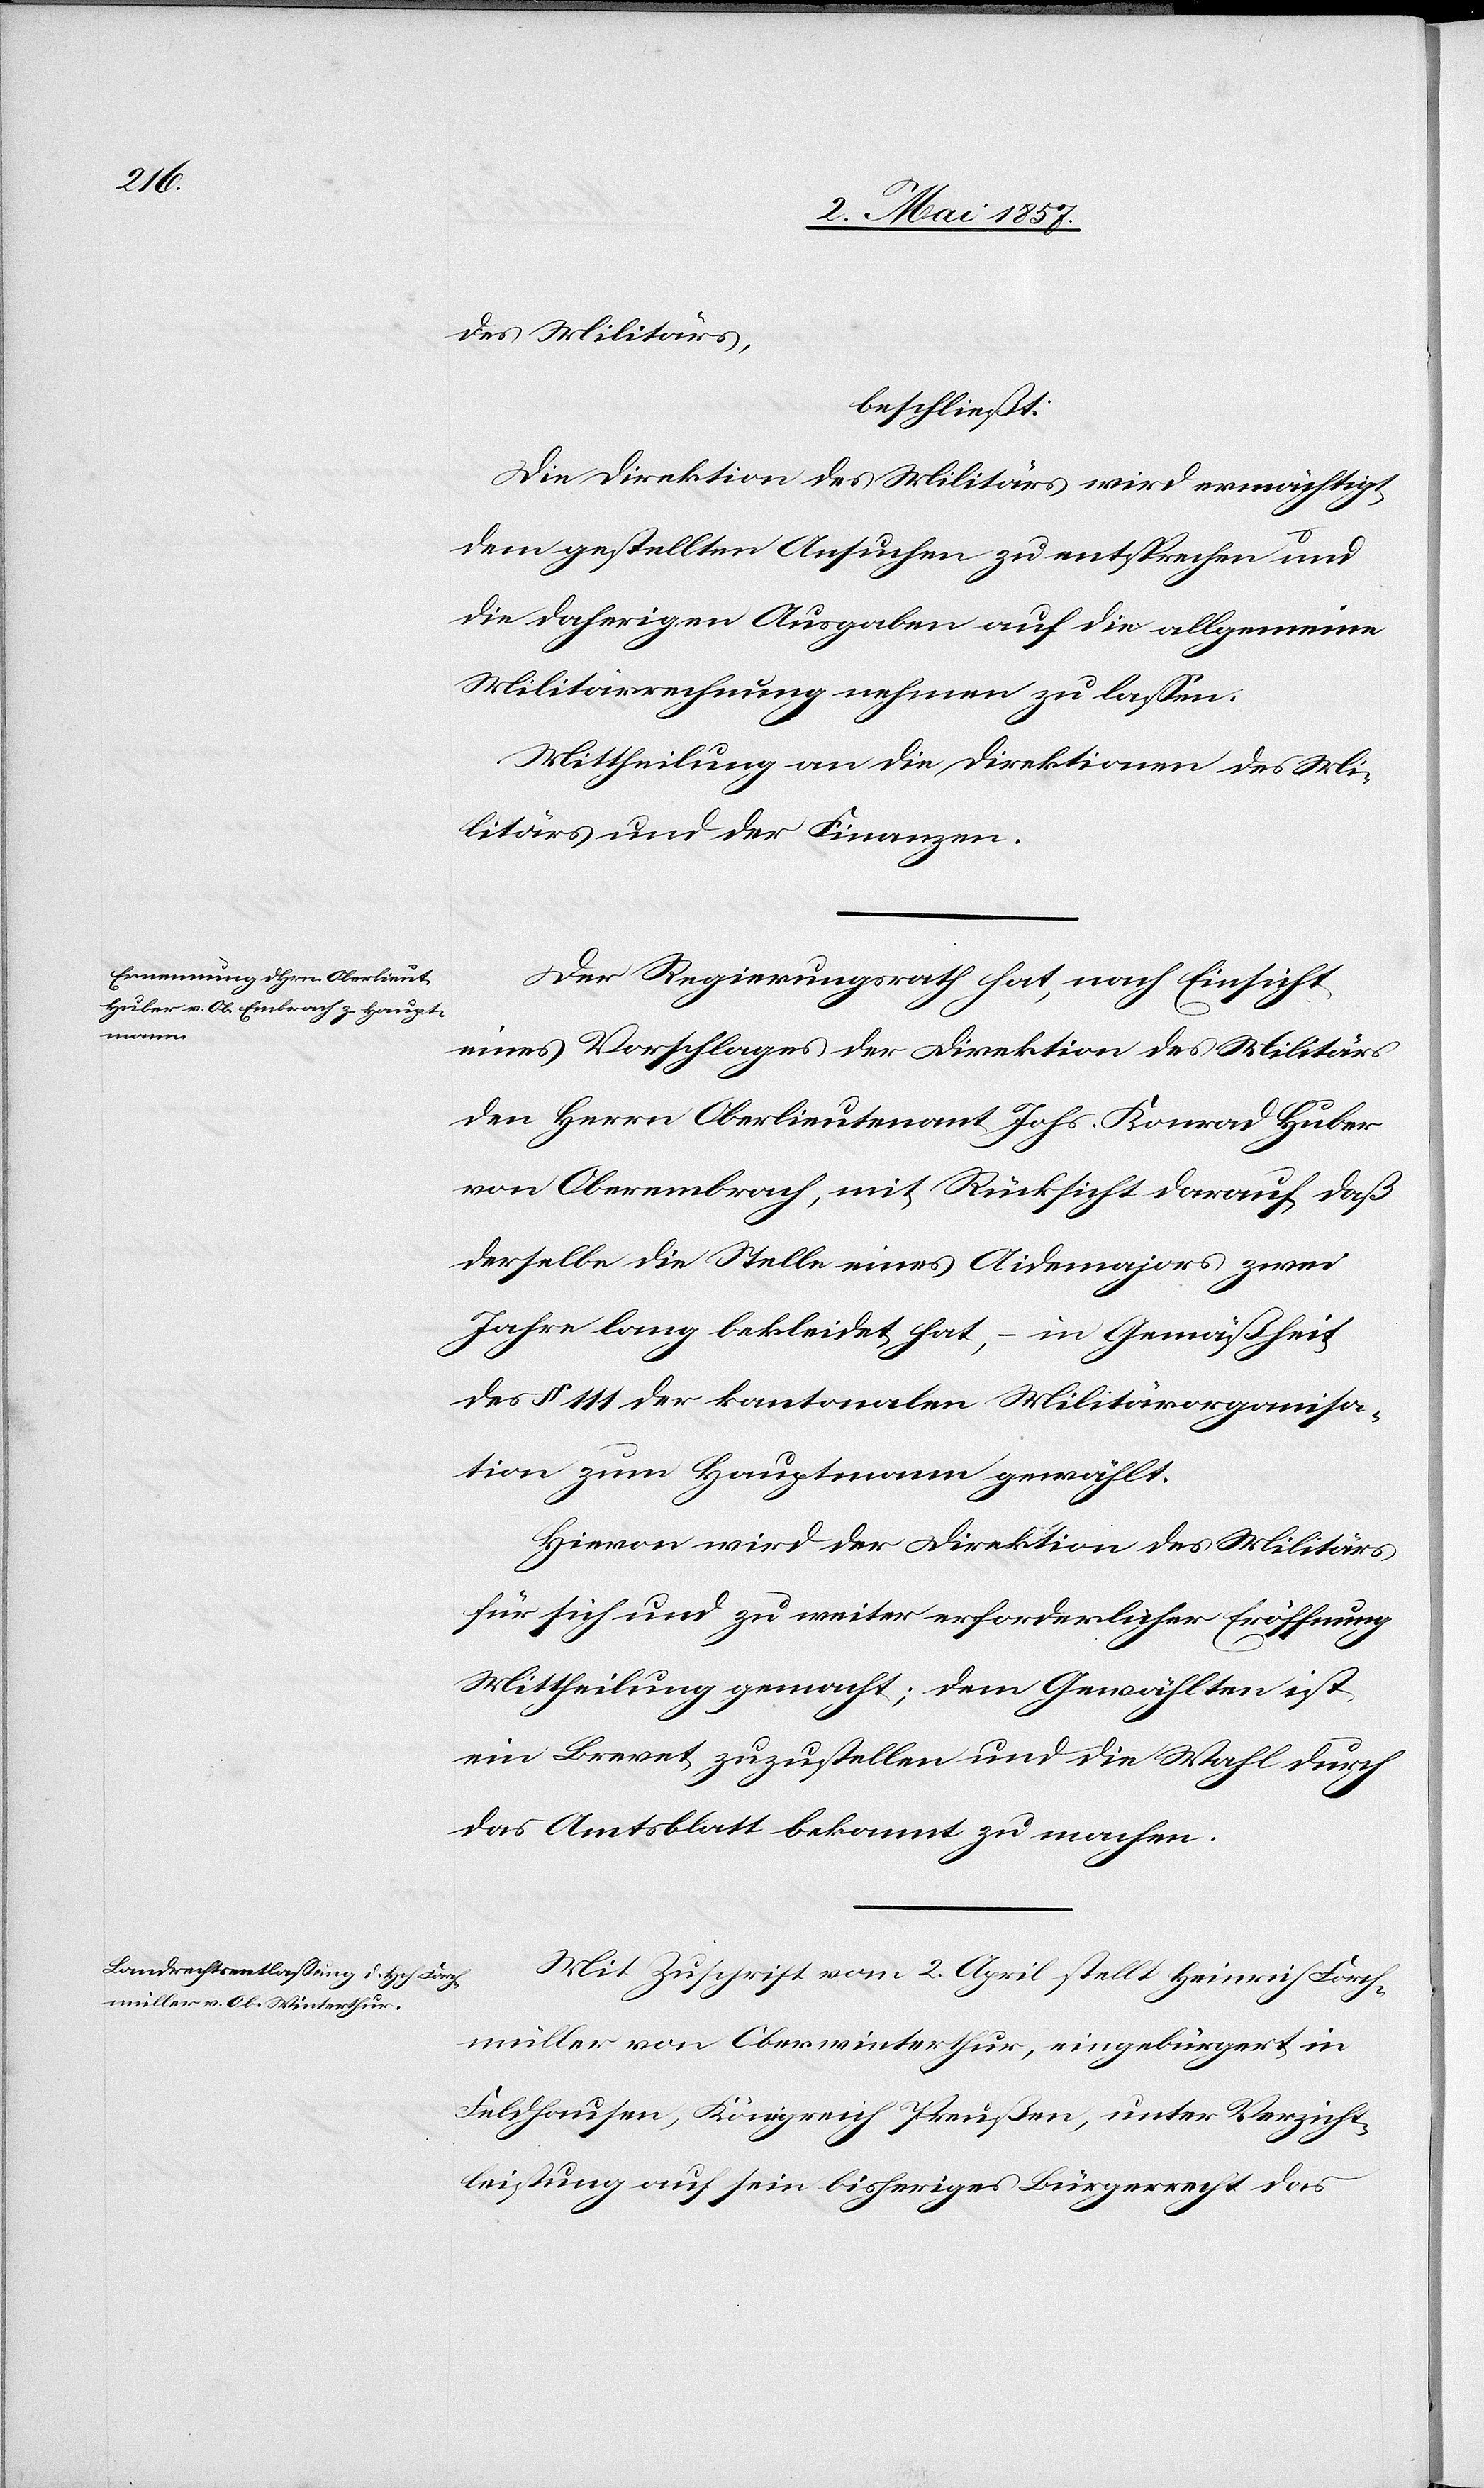
des Militärs
beschließt:
die Direktion des Militärs wird ermächtigt
dem gestellten Ansuchen zu entsprechen und
die daherigen Ausgaben auf die allgemeine
Militairrechnung nehmen zu lassen.
Mittheilung an die Direktion des Mi¬
litärs und der Finanzen.
Der Regierungsrath hat, nach Einsicht
eines Vorschlages der Direktion des Militärs
den Herrn Oberlieutnant Johs. Konrad Huber
von Oberembrach, mit Rücksicht darauf, daß
derselbe die Stelle eines Aidmajors zwei
Jahre lang bekleidet hat, – in Gemäßheit
des § 111 der kantonalen Militärorganisa¬
tion zum Hauptmann gewählt.
Hievon wird der Direktion des Militärs
für sich und zu weiter erforderlicher Eröffnung
Mittheilung gemacht; dem Gewählten ist
ein Brevet zuzustellen und die Wahl durch
das Amtsblatt bekannt zu machen.
Mit Zuschrift vom 2 April stellt Heinrich Forch¬
müller von Oberwinterthur, eingebürgert in
Feldhausen, Königreich Preußen, unter Verzicht¬
leistung auf sein bisheriges Bürgerrecht das